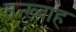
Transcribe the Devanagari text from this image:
तन्ख़्वाह